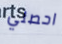
احصلي